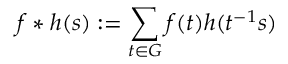
f * h ( s ) : = \sum _ { t \in G } f ( t ) h ( t ^ { - 1 } s )